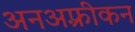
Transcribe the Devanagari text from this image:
अनअफ़्रीकन